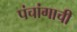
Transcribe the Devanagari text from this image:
पंचांगाची